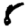
Digit: 8